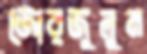
জোরজুলুম